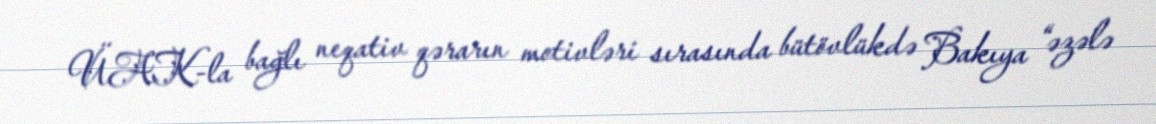
ÜAK-la bağlı neqativ qərarın motivləri sırasında bütövlükdə Bakıya “əzələ